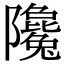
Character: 䧯